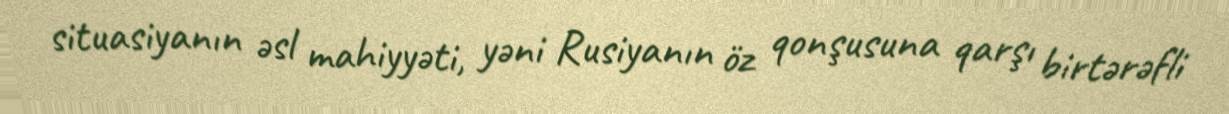
situasiyanın əsl mahiyyəti, yəni Rusiyanın öz qonşusuna qarşı birtərəfli